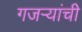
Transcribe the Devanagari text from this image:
गजर्‍यांची